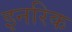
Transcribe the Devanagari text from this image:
इनरिक